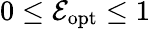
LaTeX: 0\leq\mathcal E_{\mathrm{opt}}\leq 1